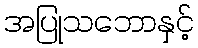
အပြုသဘောနှင့်